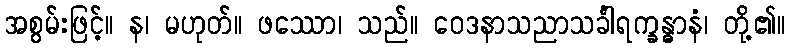
အစွမ်းဖြင့်။ န၊ မဟုတ်။ ဖဿော၊ သည်။ ဝေဒနာသညာသင်္ခါရက္ခန္ဓာနံ၊ တို့၏။